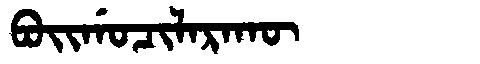
Manchu: ᠪᠣᡳᡤᠣᠴᡳᠯᠠᡵᠠᡴᡡ
Romanization: BOIGOCILARAKŪ